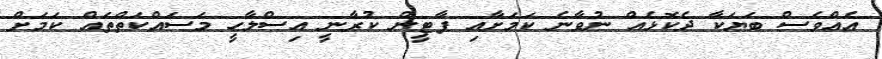
އެއްވެސް ބަޔަކާ ދެކޮޅެއް ނުވާނެ ކަމަށާއި ޕާޓީން ކުރާނީ އިސްލާހީ މަސައްކަތްތައް ކަމަށް